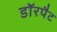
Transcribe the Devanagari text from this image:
डॉरपैट